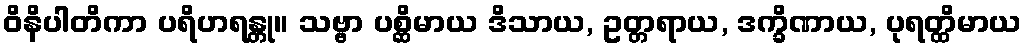
ဝိနိပါတိကာ ပရိဟရန္တု။ သဗ္ဗာ ပစ္ဆိမာယ ဒိသာယ, ဥတ္တရာယ, ဒက္ခိဏာယ, ပုရတ္ထိမာယ